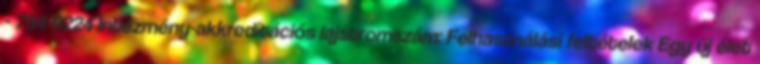
- 784-0224 Intézmény-akkreditációs lajstromszám: Felhasználási feltételek Egy új élet